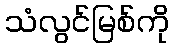
သံလွင်မြစ်ကို